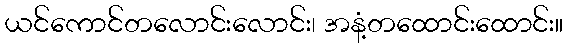
ယင်ကောင်တလောင်းလောင်း၊ အနံ့တထောင်းထောင်း။